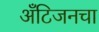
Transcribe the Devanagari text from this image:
अँटिजनचा